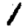
Digit: 1